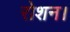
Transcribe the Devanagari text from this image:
रोशन।